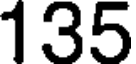
135